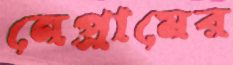
নেপ্রামের